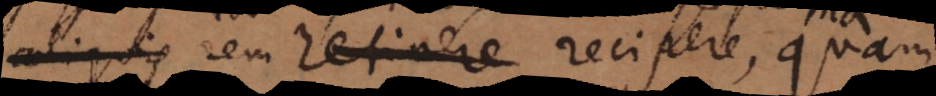
aliquis rem retinere recipere, quam